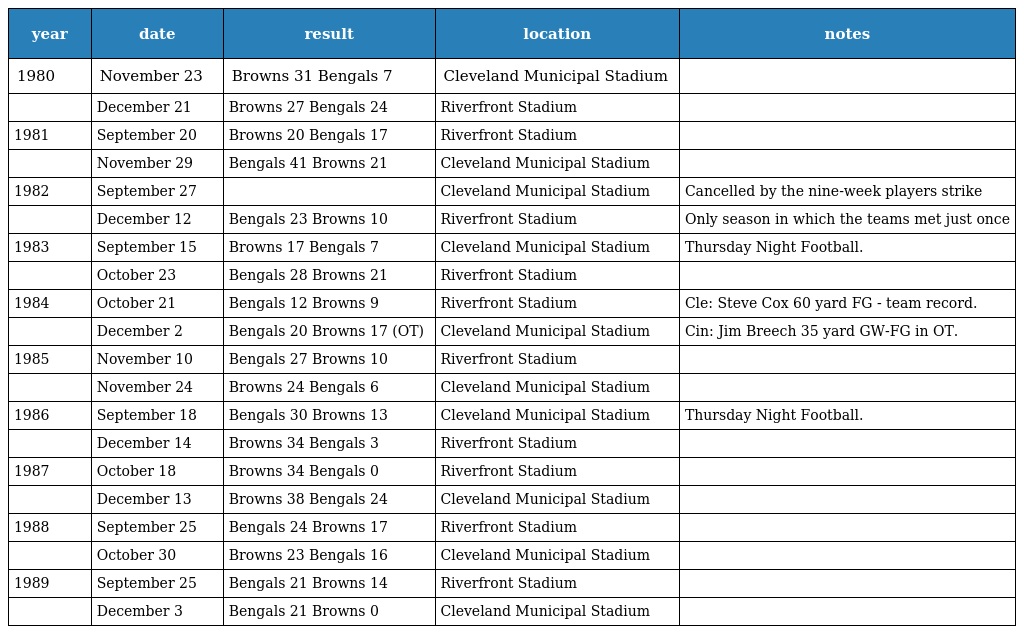
| year | date | result | location | notes |
 | --- | --- | --- | --- | --- |
 | 1980 | November 23 | Browns 31 Bengals 7 | Cleveland Municipal Stadium |  |
 |  | December 21 | Browns 27 Bengals 24 | Riverfront Stadium |  |
 | 1981 | September 20 | Browns 20 Bengals 17 | Riverfront Stadium |  |
 |  | November 29 | Bengals 41 Browns 21 | Cleveland Municipal Stadium |  |
 | 1982 | September 27 |  | Cleveland Municipal Stadium | Cancelled by the nine-week players strike |
 |  | December 12 | Bengals 23 Browns 10 | Riverfront Stadium | Only season in which the teams met just once |
 | 1983 | September 15 | Browns 17 Bengals 7 | Cleveland Municipal Stadium | Thursday Night Football. |
 |  | October 23 | Bengals 28 Browns 21 | Riverfront Stadium |  |
 | 1984 | October 21 | Bengals 12 Browns 9 | Riverfront Stadium | Cle: Steve Cox 60 yard FG - team record. |
 |  | December 2 | Bengals 20 Browns 17 (OT) | Cleveland Municipal Stadium | Cin: Jim Breech 35 yard GW-FG in OT. |
 | 1985 | November 10 | Bengals 27 Browns 10 | Riverfront Stadium |  |
 |  | November 24 | Browns 24 Bengals 6 | Cleveland Municipal Stadium |  |
 | 1986 | September 18 | Bengals 30 Browns 13 | Cleveland Municipal Stadium | Thursday Night Football. |
 |  | December 14 | Browns 34 Bengals 3 | Riverfront Stadium |  |
 | 1987 | October 18 | Browns 34 Bengals 0 | Riverfront Stadium |  |
 |  | December 13 | Browns 38 Bengals 24 | Cleveland Municipal Stadium |  |
 | 1988 | September 25 | Bengals 24 Browns 17 | Riverfront Stadium |  |
 |  | October 30 | Browns 23 Bengals 16 | Cleveland Municipal Stadium |  |
 | 1989 | September 25 | Bengals 21 Browns 14 | Riverfront Stadium |  |
 |  | December 3 | Bengals 21 Browns 0 | Cleveland Municipal Stadium |  |